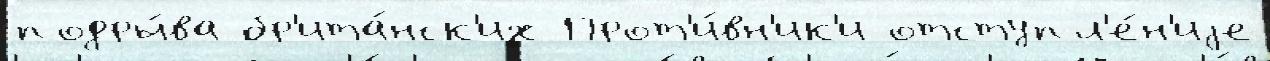
подры́ва бр'ита́нск'их Прот'и́вн'ик'и отступл'е́н'иjе